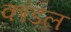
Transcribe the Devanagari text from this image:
कांडल